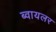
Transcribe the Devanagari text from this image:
ब्वायलर